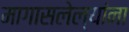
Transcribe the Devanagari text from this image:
मागासलेल्यांना